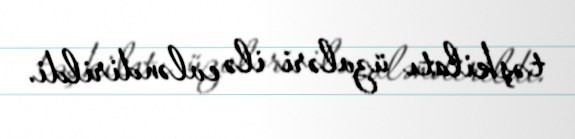
təşkilatı üzvləri ilə evləndirildi.